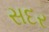
સદર